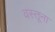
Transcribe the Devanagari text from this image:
वस्तूना